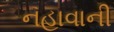
નહાવાની